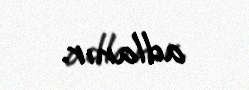
adlanır.